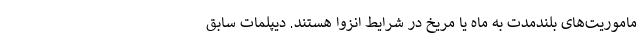
ماموریت‌های بلندمدت به ماه یا مریخ در شرایط انزوا هستند. دیپلمات سابق